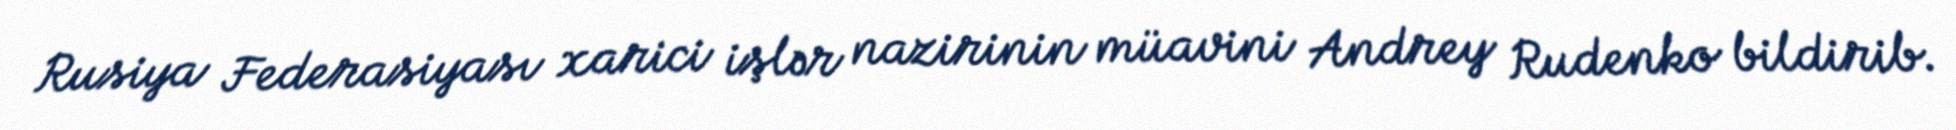
Rusiya Federasiyası xarici işlər nazirinin müavini Andrey Rudenko bildirib.